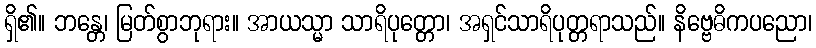
ရှိ၏။ ဘန္တေ၊ မြတ်စွာဘုရား။ အာယသ္မာ သာရိပုတ္တော၊ အရှင်သာရိပုတ္တရာသည်။ နိဗ္ဗေဓိကပညော၊